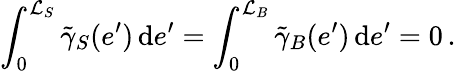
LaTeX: \int_{0}^{\mathcal{L}_{S}}\tilde{{\gamma}}_{S}(e^{\prime})\, \mathrm{{d}}e^{\prime}=\int_{0}^{\mathcal{L}_{B}}\tilde{{\gamma}}_{B}(e^{\prime})\, \mathrm{{d}}e^{\prime}=0\, .